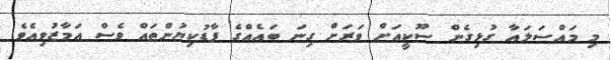
މި މައްސަލައާ ގުޅިގެން ސޫކީއަށް ވަރަށް ގިނަ ބައެއްގެ ފާޑުކިޔުންތައް ވެސް އަމާޒުވިއެވެ.